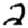
Digit: 2